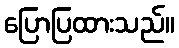
ပြောပြထားသည်။